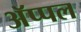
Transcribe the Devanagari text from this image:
अॅप्पल